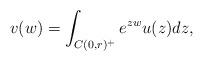
LaTeX: \begin{align*}v(w) = \int_{C(0,r)^+} e^{zw} u(z)dz,\end{align*}